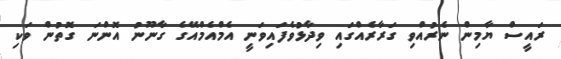
ރައީސް ޔާމިން ނެރުއްވި ގަރާރެއްގައި ވިދާޅުވެފައިވަނީ އެމްއެމްއޭގެ ގާނޫނު އޮންނަ ގޮތުން ވަކި